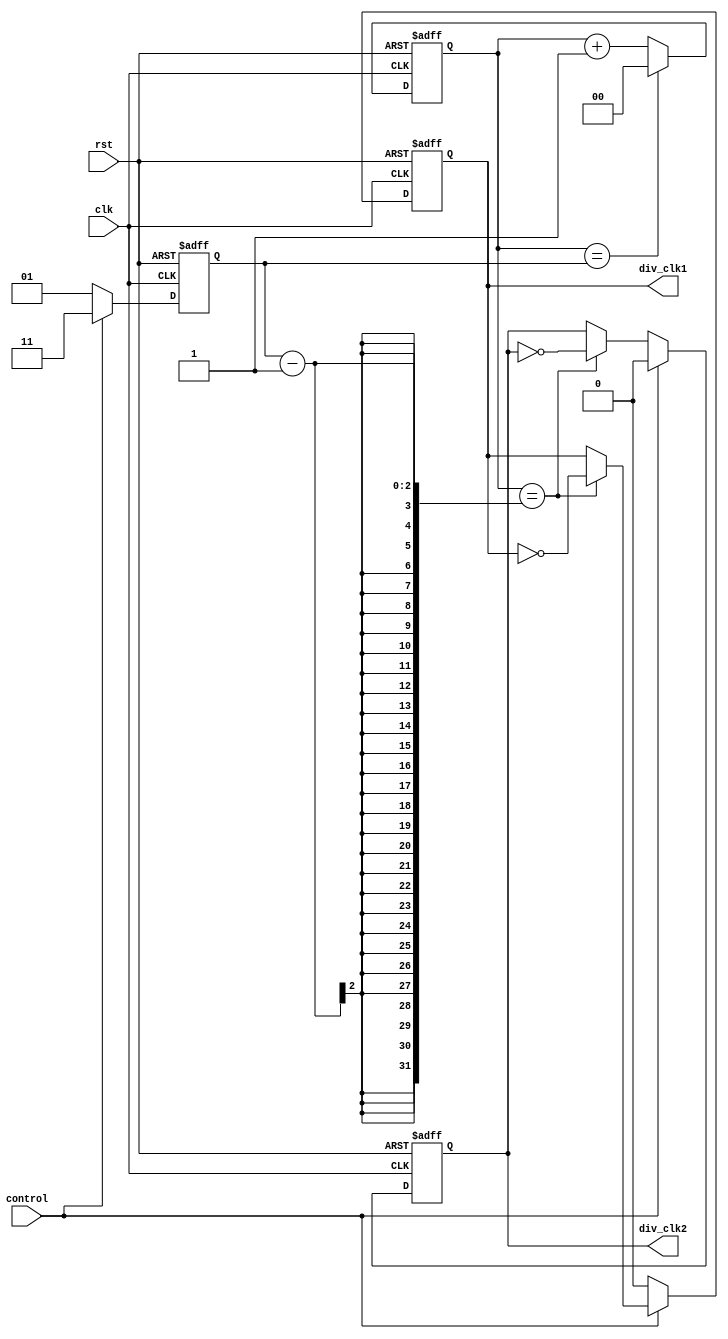
module dual_modulus_clock_divider (
    input wire clk,
    input wire rst,
    input wire control,
    output reg div_clk1,
    output reg div_clk2
);

reg [1:0] count;
reg [1:0] modulus_value;
parameter MOD1 = 3; // Modulus value for div_clk1
parameter MOD2 = 5; // Modulus value for div_clk2

always @(posedge clk or posedge rst) begin
    if (rst) begin
        count <= 2'b00;
        modulus_value <= 2'b00;
        div_clk1 <= 1'b0;
        div_clk2 <= 1'b0;
    end else begin
        if (count == modulus_value) begin
            count <= 2'b00;
        end else begin
            count <= count + 1;
        end
        
        if (control) begin
            modulus_value <= MOD1;
            div_clk2 <= 1'b0;
            div_clk1 <= (count == modulus_value-1) ? ~div_clk1 : div_clk1;
        end else begin
            modulus_value <= MOD2;
            div_clk1 <= 1'b0;
            div_clk2 <= (count == modulus_value-1) ? ~div_clk2 : div_clk2;
        end
    end
end

endmodule